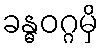
ခန္ဓဝဂ္ဂမှိ